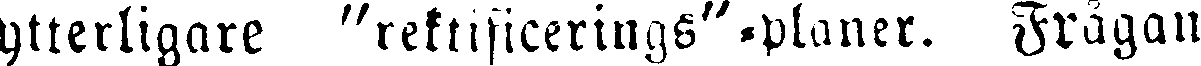
ytterligare "rektificerings"-planer. Frågan